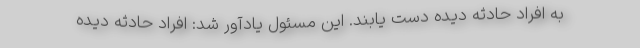
به افراد حادثه دیده دست یابند. این مسئول یادآور شد: افراد حادثه دیده